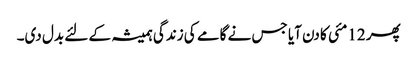
پھر 12مئی کا دن آیا جس نے گامے کی زندگی ہمیشہ کے لئے بدل دی۔